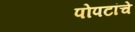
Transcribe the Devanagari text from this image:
पोपटांचे